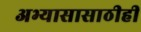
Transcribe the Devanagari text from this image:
अभ्यासासाठीही